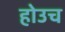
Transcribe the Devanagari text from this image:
होउच